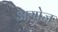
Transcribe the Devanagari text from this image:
असोज